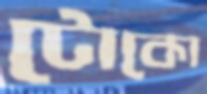
টোকো